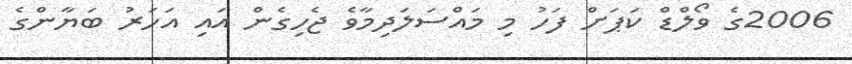
2006ގެ ވޯލްޑް ކަޕަށް ފަހު މި މައްސަލަދިމާވެ ޖެހިގެން އައި އަހަރު ބަޔާންގެ